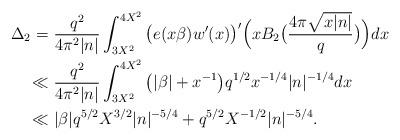
LaTeX: \begin{align*}\Delta_2=&\ \frac{q^2}{4\pi^2|n|}\int_{3X^2}^{4X^2}\big(e(x\beta)w'(x)\big)'\Big(xB_2\big(\frac{4\pi\sqrt{x|n|}}{q}\big)\Big)dx\\ \ll &\ \frac{q^2}{4\pi^2|n|}\int_{3X^2}^{4X^2}\big(|\beta|+x^{-1}\big)q^{1/2}x^{-1/4}|n|^{-1/4}dx\\ \ll &\ |\beta|q^{5/2}X^{3/2}|n|^{-5/4}+q^{5/2}X^{-1/2}|n|^{-5/4}.\end{align*}